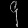
Digit: ၄